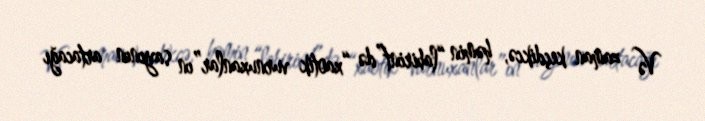
Və zaman keçdikcə, həmin “labirint”də “xaotik vurnuxanlar”ın sayının artacağı